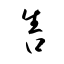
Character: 售